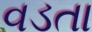
વડતા